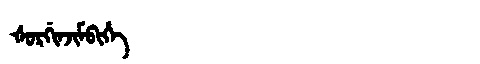
Manchu: ᡧᠣᡵᡤᡳᠨᠵᡳᠮᠪᡳᡥᡝ
Romanization: ŠORGINJIMBIHE